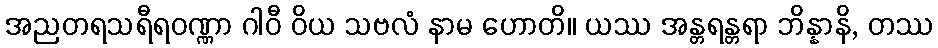
အညတရသရီရဝဏ္ဏာ ဂါဝီ ဝိယ သဗလံ နာမ ဟောတိ။ ယဿ အန္တရန္တရာ ဘိန္နာနိ, တဿ